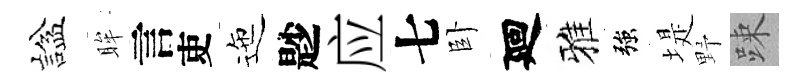
諡眸言吏迤尟应七卧廻雅強堤野踈